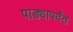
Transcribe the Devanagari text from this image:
पाड्यापर्यंत